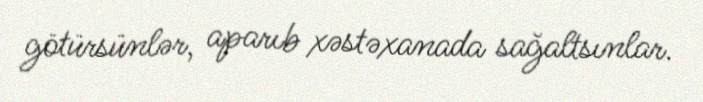
götürsünlər, aparıb xəstəxanada sağaltsınlar.